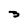
Character: 3